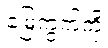
မြေကွက်ကို